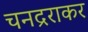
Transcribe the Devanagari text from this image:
चनद्रराकर